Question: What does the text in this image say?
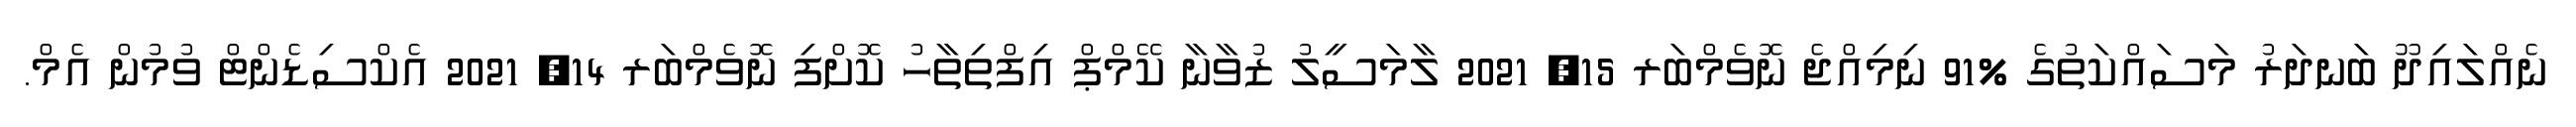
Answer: ނެއްލައިދޫ ބަނދަރު މަސައްކަތުގެ %91 ނިމިއްޖެ ނޮވެމްބަރ 15, 2021 ލާމަސީލު ޒުވާނާ ކޭމްޕް އިފްތިތާހު ކޮށްފި ނޮވެމްބަރ 14, 2021 އެކްސިޑެންޓް ވުމުން އެމް.